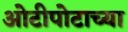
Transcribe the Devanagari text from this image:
ओटीपोटाच्या